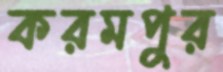
করমপুর